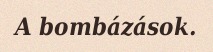
A bombázások.